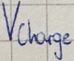
Text: Vcharge